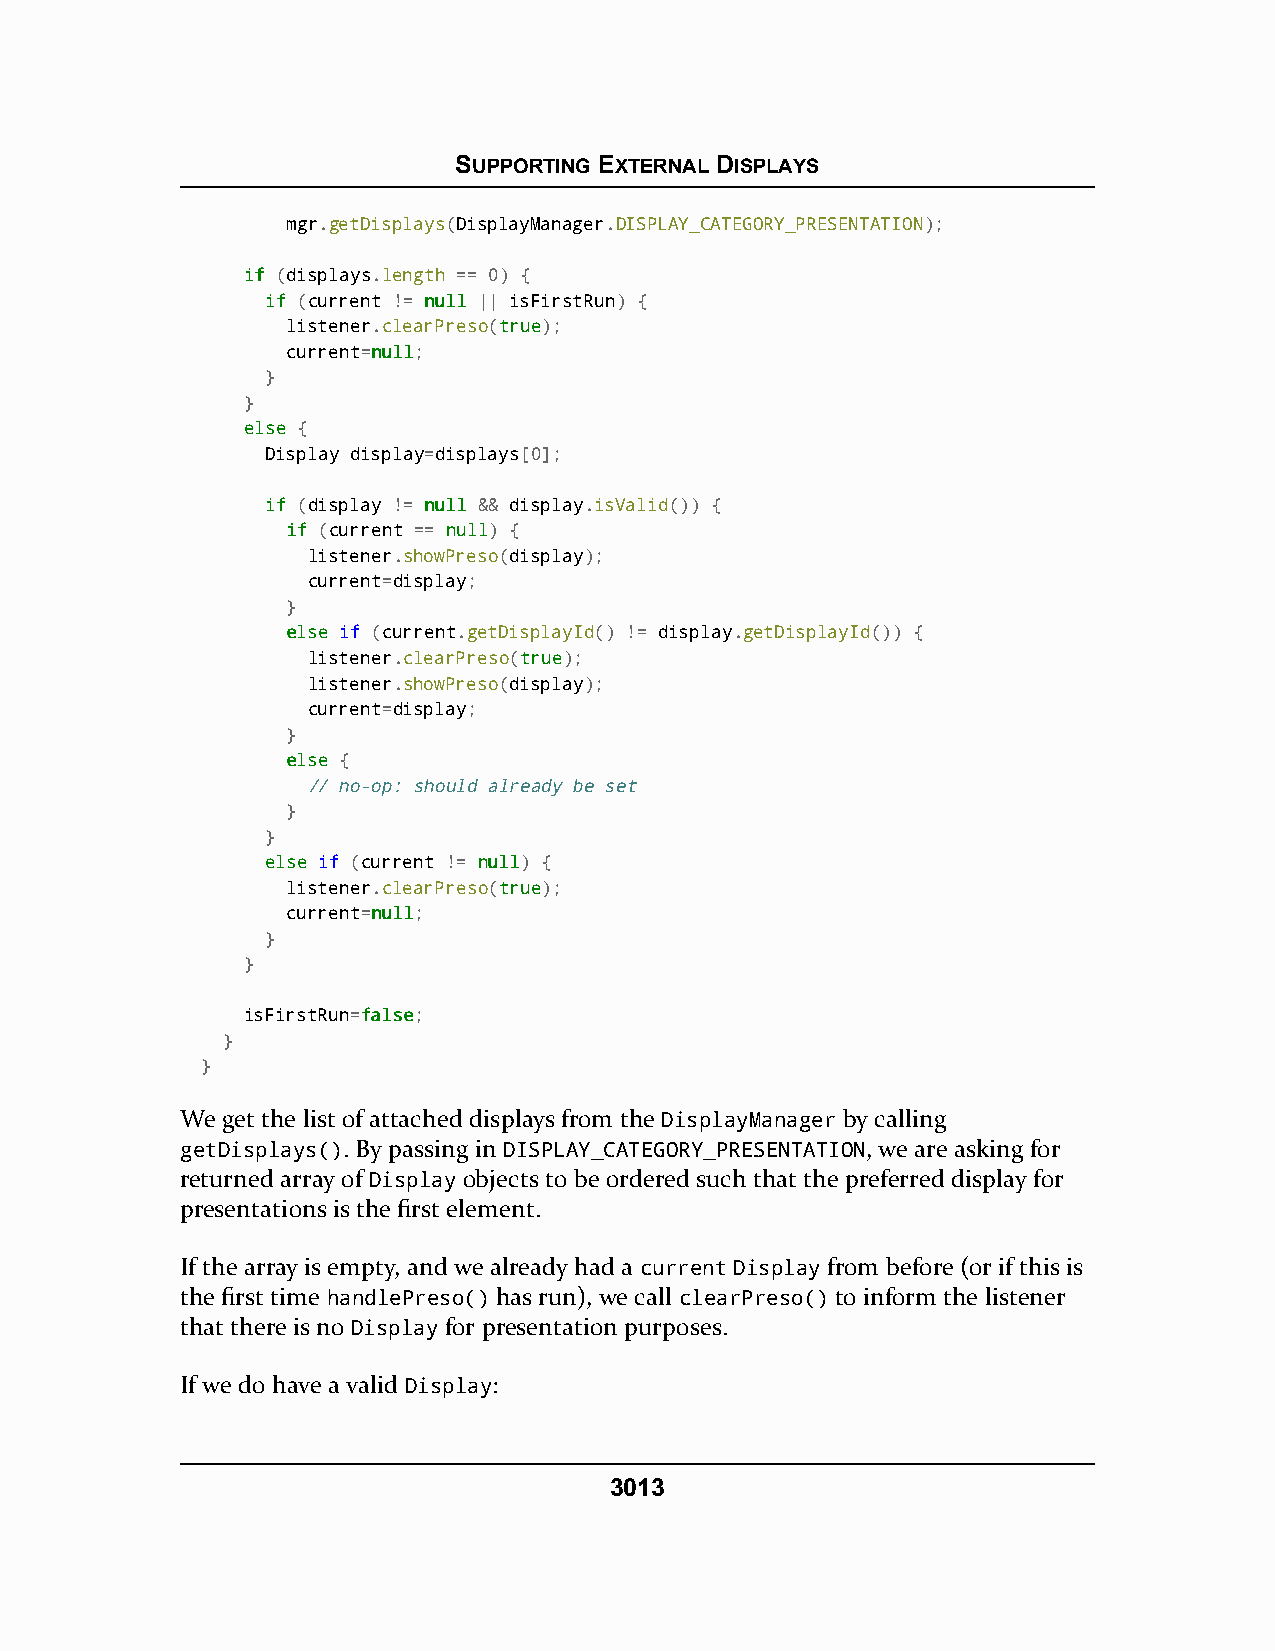
SUPPORTING EXTERNAL DISPLAYS
 mgr.getDisplays(DisplayManager.DISPLAY_CATEGORY_PRESENTATION);
 iiff (displays.length == 0) {
 iiff (current != nnuullll || isFirstRun) {
 listener.clearPreso(ttrruuee);
 current=nnuullll;
 }
 }
 eellssee {
 Display display=displays[0];
 iiff (display != nnuullll && display.isValid()) {
 iiff (current == nnuullll) {
 listener.showPreso(display);
 current=display;
 }
 eellssee if (current.getDisplayId() != display.getDisplayId()) {
 listener.clearPreso(ttrruuee);
 listener.showPreso(display);
 current=display;
 }
 eellssee {
 // no-op: should already be set
 }
 }
 eellssee if (current != nnuullll) {
 listener.clearPreso(ttrruuee);
 current=nnuullll;
 }
 }
 isFirstRun=ffaallssee;
 }
 }
 We get the list of attached displays from the DisplayManager by calling
 getDisplays(). By passing in DISPLAY_CATEGORY_PRESENTATION, we are asking for
 returned array of Display objects to be ordered such that the preferred display for
 presentations is the first element.
 If the array is empty, and we already had a current Display from before (or if this is
 the first time handlePreso() has run), we call clearPreso() to inform the listener
 that there is no Display for presentation purposes.
 If we do have a valid Display:
 3013